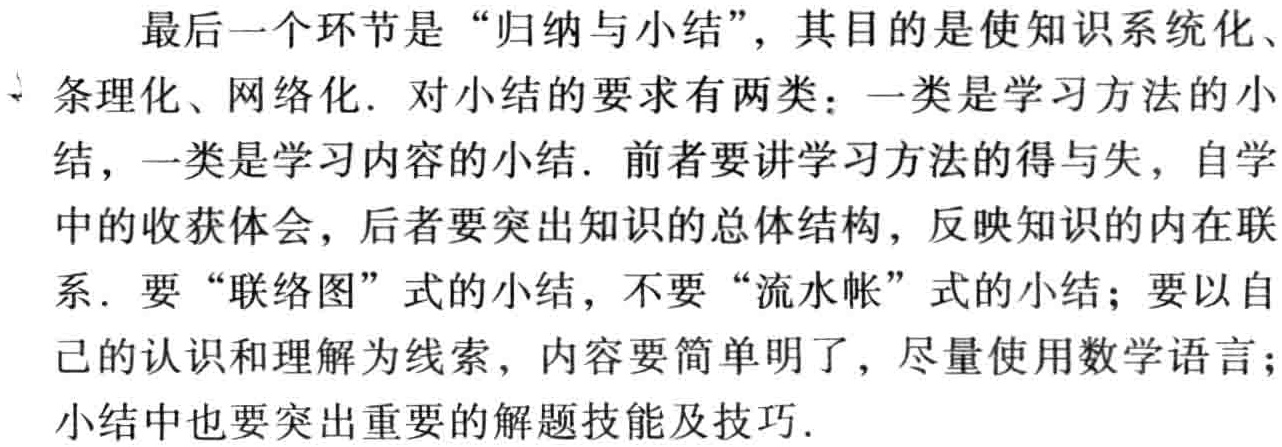
最后一个环节是“归纳与小结”，其目的是使知识系统化、条理化、网络化. 对小结的要求有两类：一类是学习方法的小结，一类是学习内容的小结. 前者要讲学习方法的得与失，自学中的收获体会，后者要突出知识的总体结构，反映知识的内在联系. 要“联络图”式的小结，不要“流水帐”式的小结；要以自己的认识和理解为线索，内容要简单明了，尽量使用数学语言；小结中也要突出重要的解题技能及技巧.